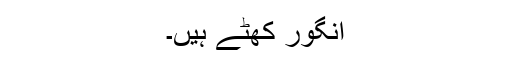
انگور کھٹے ہیں۔